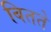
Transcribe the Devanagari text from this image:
बितते